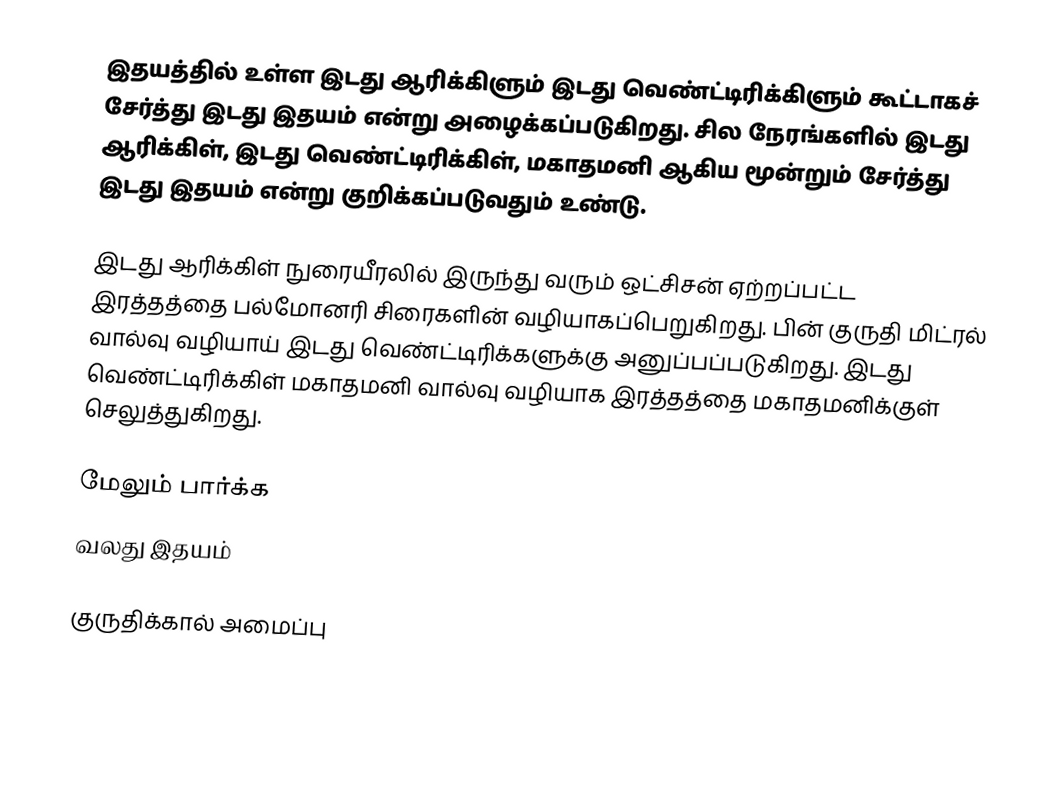
இதயத்தில் உள்ள இடது ஆரிக்கிளும் இடது வெண்ட்டிரிக்கிளும் கூட்டாகச் சேர்த்து இடது இதயம் என்று அழைக்கப்படுகிறது. சில நேரங்களில் இடது ஆரிக்கிள், இடது வெண்ட்டிரிக்கிள், மகாதமனி ஆகிய மூன்றும் சேர்த்து இடது இதயம் என்று குறிக்கப்படுவதும் உண்டு.

இடது ஆரிக்கிள் நுரையீரலில் இருந்து வரும் ஒட்சிசன் ஏற்றப்பட்ட இரத்தத்தை பல்மோனரி சிரைகளின் வழியாகப்பெறுகிறது. பின் குருதி மிட்ரல் வால்வு வழியாய் இடது வெண்ட்டிரிக்களுக்கு அனுப்பப்படுகிறது. இடது வெண்ட்டிரிக்கிள் மகாதமனி வால்வு வழியாக இரத்தத்தை மகாதமனிக்குள் செலுத்துகிறது.

மேலும் பார்க்க
 வலது இதயம்

குருதிக்கால் அமைப்பு